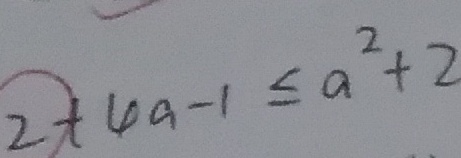
2 + 4 a - 1 \leq a ^ { 2 } + 2